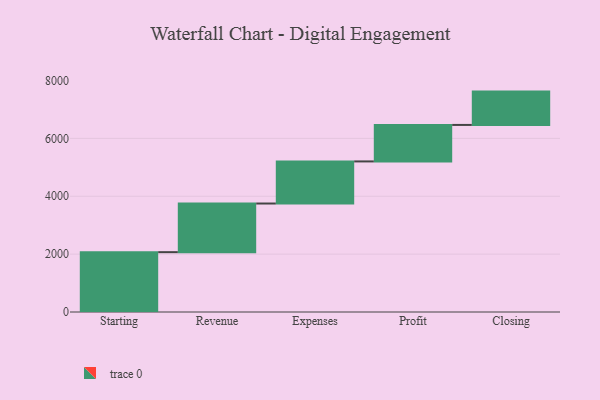
{"axis": {"x": "Step", "y": "Value"}, "legend": [""], "data": [{"x": "Starting", "y": 2068.0, "type": ""}, {"x": "Revenue", "y": 1681.0, "type": ""}, {"x": "Expenses", "y": 1455.0, "type": ""}, {"x": "Profit", "y": 1261.0, "type": ""}, {"x": "Closing", "y": 1152.0, "type": ""}]}